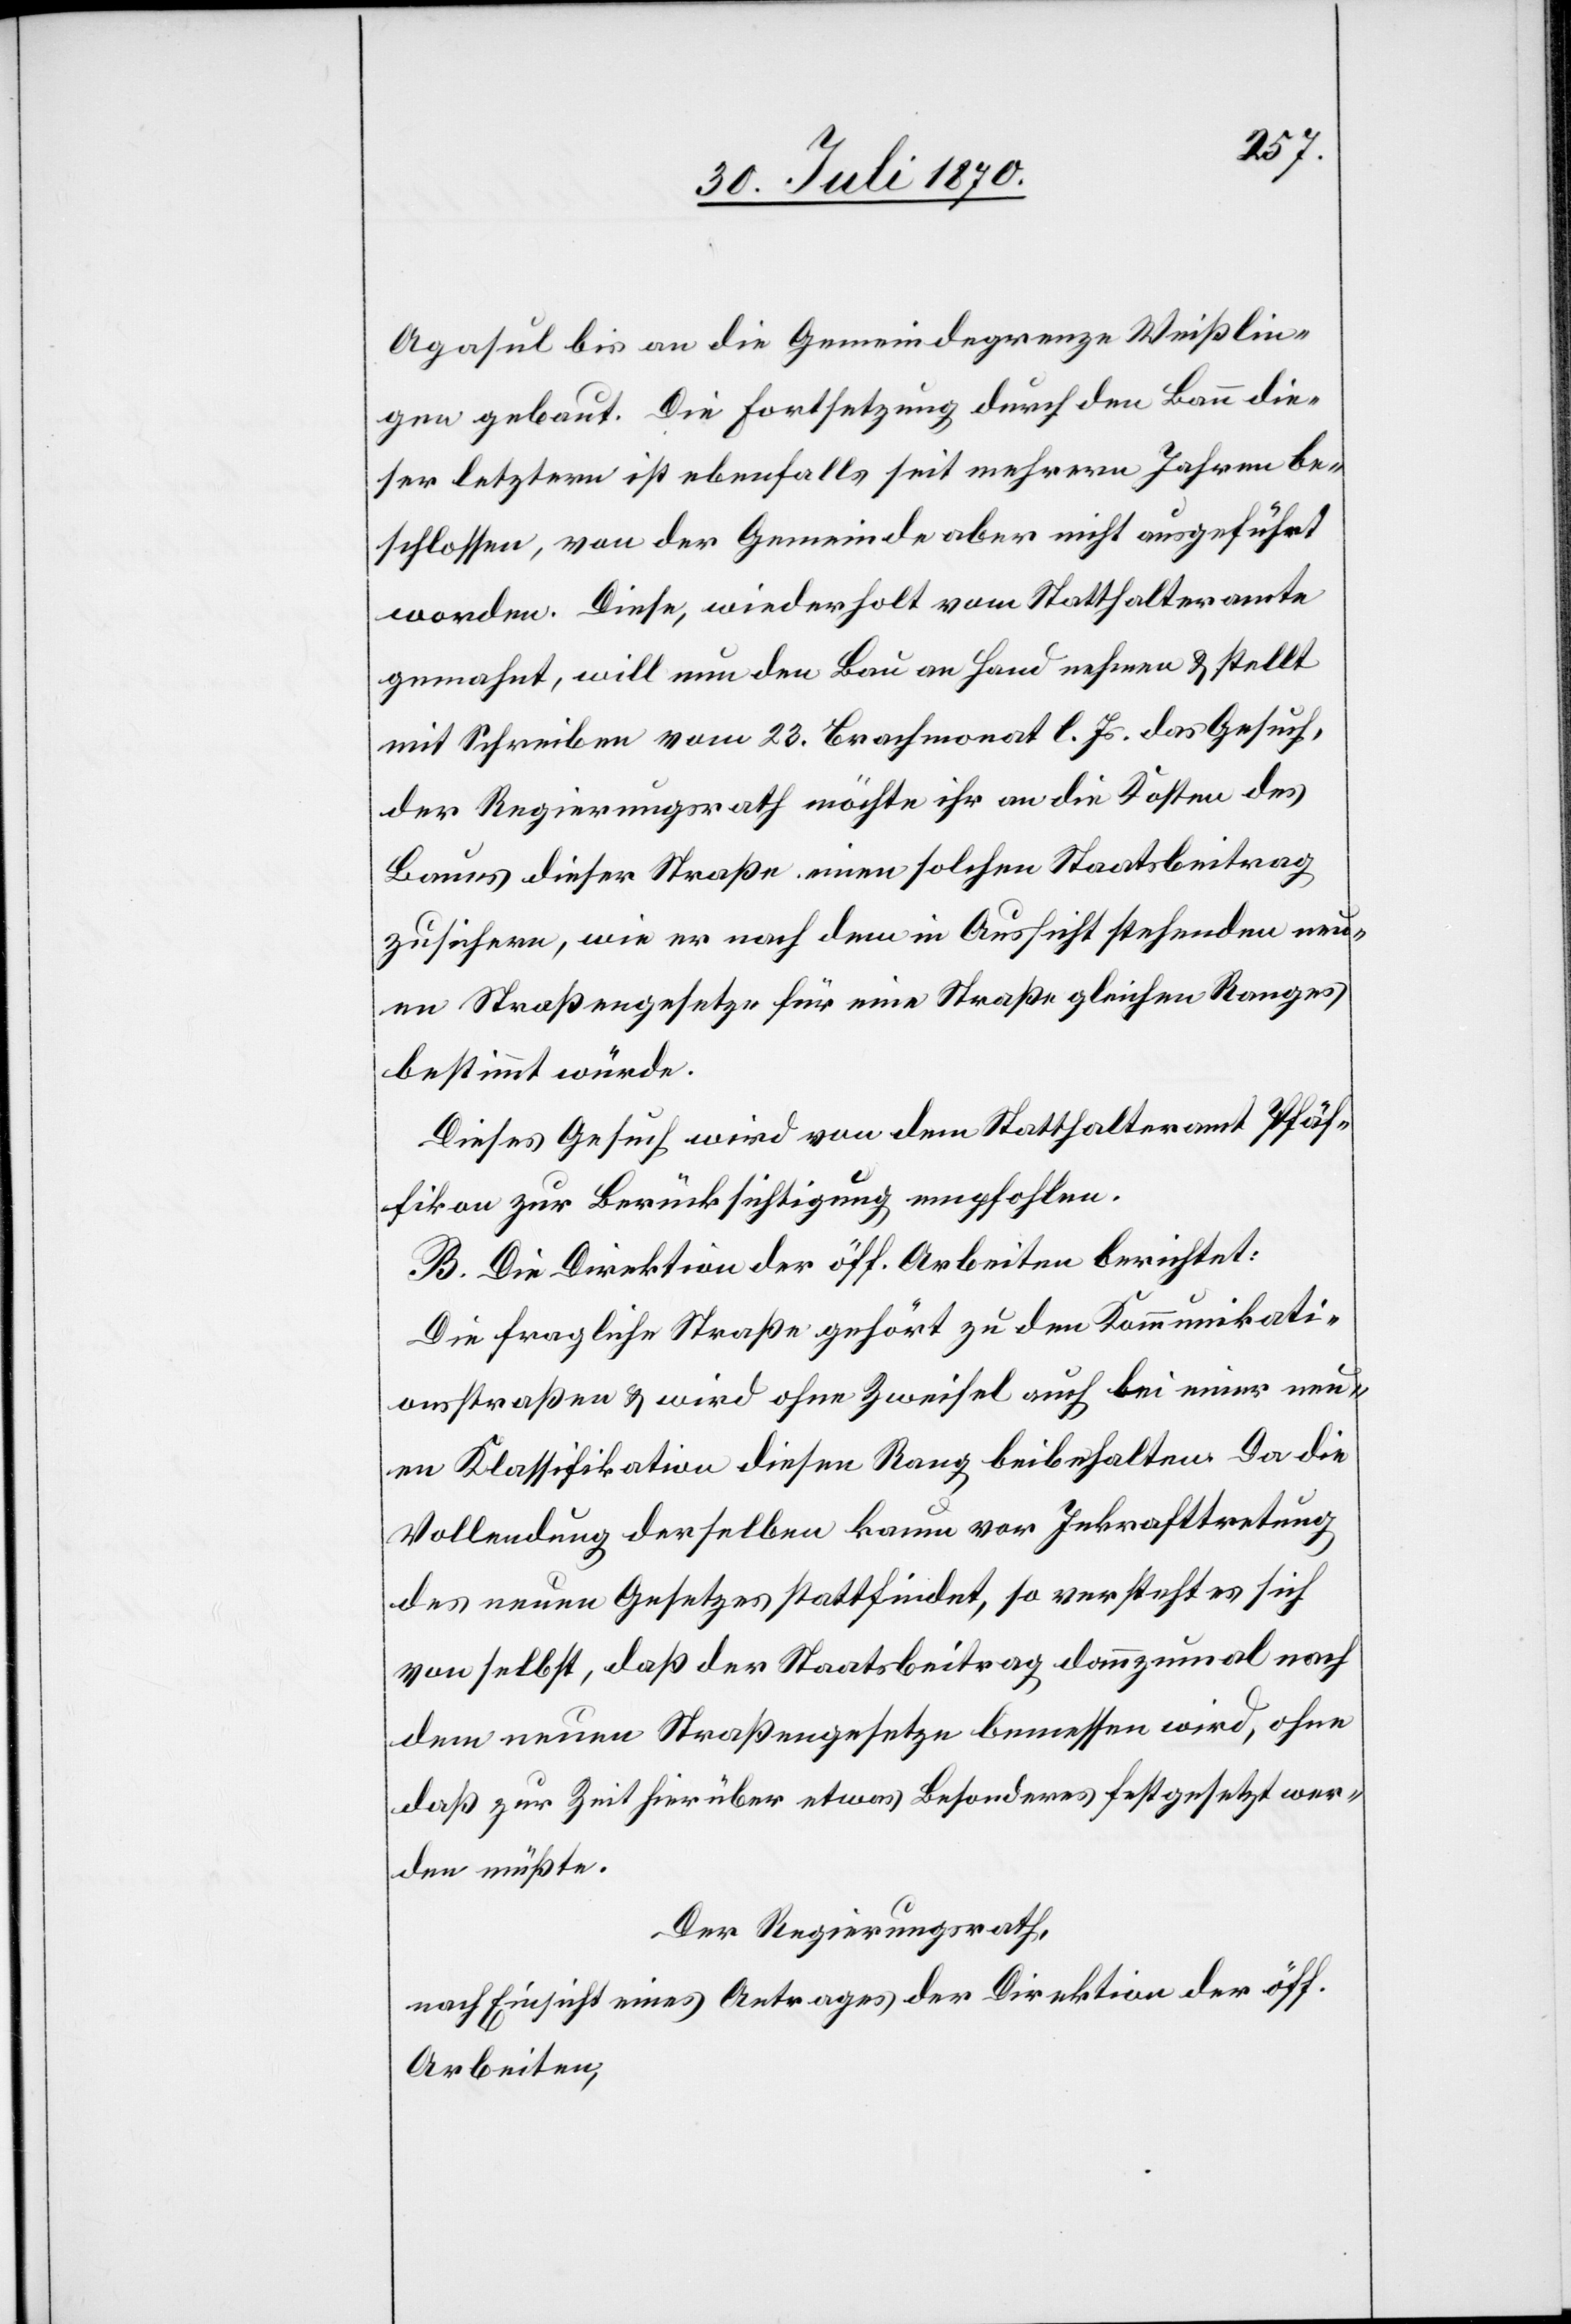
Agasul bis an die Gemeindegrenze Weißlin¬
gen gebaut. Die Fortsetzung durch den Bann die¬
ser letztern ist ebenfalls seit mehrern Jahren be¬
schlossen, von der Gemeinde aber nicht ausgeführt
worden. Diese, wiederholt vom Statthalteramte
gemahnt, will nun den Bau an Hand nehmen & stellt
mit Schreiben vom 23. Brachmonat l. Js. das Gesuch,
der Regierungsrath möchte ihr an die Kosten des
Baues dieser Straße einen solchen Staatsbeitrag
zusichern, wie er nach dem in Aussicht stehenden neu¬
en Straßengesetze für eine Straße gleichen Ranges
bestimmt würde.
Dieses Gesuch wird von dem Statthalteramt Pfäf¬
fikon zur Berücksichtigung empfohlen.
B. Die Direktion der öff. Arbeiten berichtet:
Die fragliche Straße gehört zu den Kommunikati¬
onsstraßen & wird ohne Zweifel auch bei einer neu¬
en Klassifikation diesen Rang beibehalten. Da die
Vollendung derselben kaum vor Inkrafttretung
des neuen Gesetzes stattfindet, so versteht es sich
von selbst, daß der Staatsbeitrag dannzumal nach
dem neuen Straßengesetze bemessen wird, ohne
daß zur Zeit hierüber etwas Besonderes festgesetzt wer¬
den müßte.
Der Regierungsrath,
nach Einsicht eines Antrages der Direktion der öff.
Arbeiten,